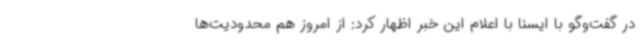
در گفت‌وگو با ایسنا با اعلام این خبر اظهار کرد: از امروز هم محدودیت‌ها